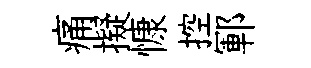
痛擬慷控鄆